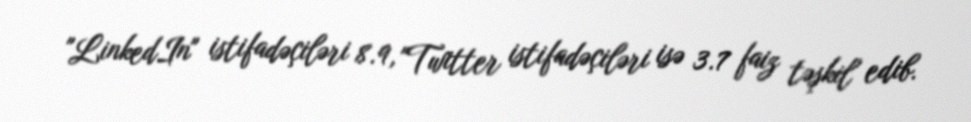
"LinkedIn" istifadəçiləri 8.9, "Twitter istifadəçiləri isə 3.7 faiz təşkil edib.